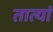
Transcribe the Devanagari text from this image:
तात्यां